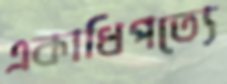
একাধিপত্যে